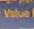
value